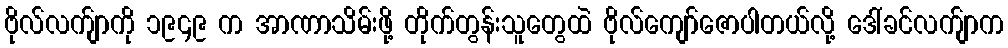
ဗိုလ်လက်ျာကို ၁၉၄၉ က အာဏာသိမ်းဖို့ တိုက်တွန်းသူတွေထဲ ဗိုလ်ကျော်ဇောပါတယ်လို့ ဒေါ်ခင်လက်ျာက